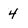
Character: 4